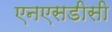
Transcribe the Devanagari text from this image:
एनएसडीसी